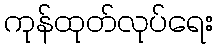
ကုန်ထုတ်လုပ်ရေး